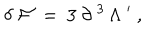
\delta \; { \cal F } \ = \ 3 \ \partial ^ { \; 3 } \, \Lambda ^ { \; \prime } \ ,